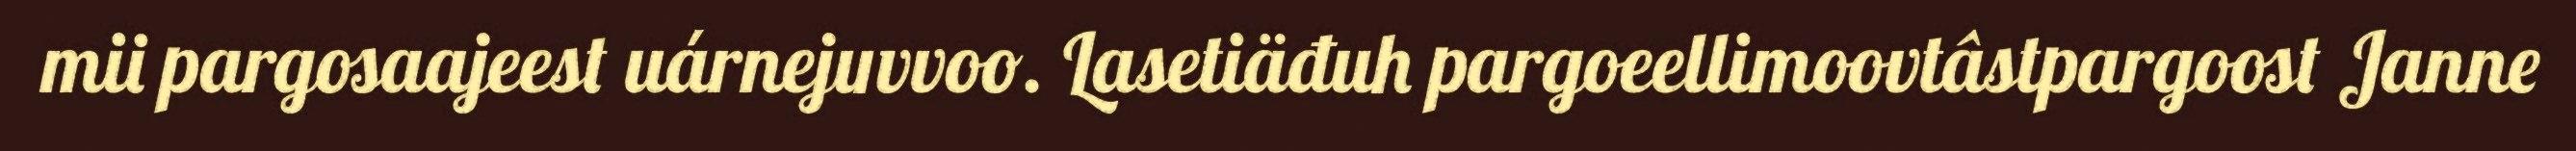
mii pargosaajeest uárnejuvvoo. Lasetiäđuh pargoeellimoovtâstpargoost Janne